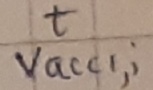
Text: t,Vacc1,i